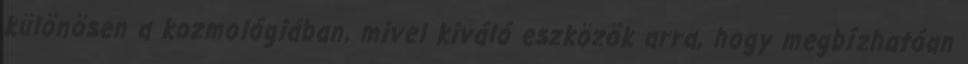
különösen a kozmológiában, mivel kiváló eszközök arra, hogy megbízhatóan